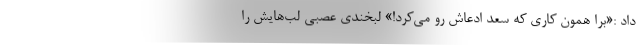
داد :«برا همون کاری که سعد ادعاش رو می‌کرد!» لبخندی عصبی لب‌هایش را